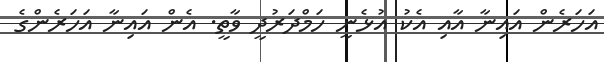
އަހަރެން އައިނާ އާއި އެކު އުޅެނީ ހަމްދަރުދީ ވާތީ. އެން އައިނާ އަހަރެންގެ